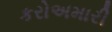
કરોઅમારી